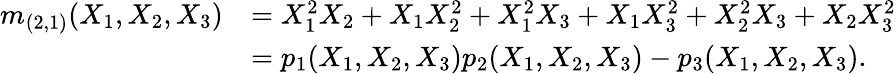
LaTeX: {\begin{array}{rl}{m_{(2,1)}(X_{1},X_{2},X_{3})}&{=X_{1}^{2}X_{2}+X_{1}X_{2}^{2}+X_{1}^{2}X_{3}+X_{1}X_{3}^{2}+X_{2}^{2}X_{3}+X_{2}X_{3}^{2}}\\ &{=p_{1}(X_{1},X_{2},X_{3})p_{2}(X_{1},X_{2},X_{3})-p_{3}(X_{1},X_{2},X_{3}).}\end{array}}